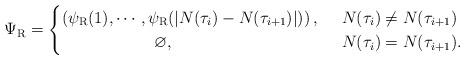
LaTeX: \begin{align*}\Psi_{\rm{R}} = \begin{cases}\left( \psi_{\rm{R}}(1), \cdots, \psi_{\rm{R}}(|N(\tau_i) - N(\tau_{i+1})|) \right), ~& N(\tau_i) \neq N(\tau_{i+1})\\\quad\quad\quad\quad\quad\,\,\,\,\varnothing, ~& N(\tau_i) = N(\tau_{i+1}).\end{cases}\end{align*}